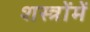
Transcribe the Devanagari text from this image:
शस्त्रोंमें